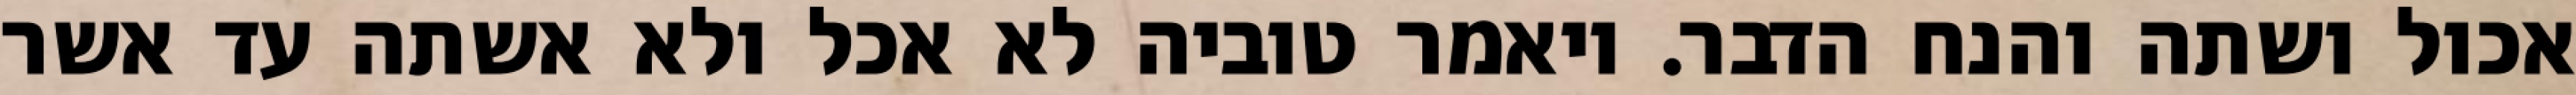
אכול ושתה והנח הדבר. ויאמר טוביה לא אכל ולא אשתה עד אשר